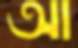
আ